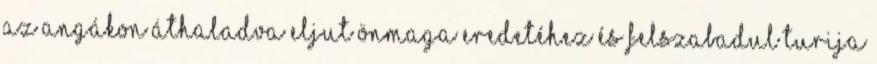
az angákon áthaladva eljut önmaga eredetéhez és felszabadul turija